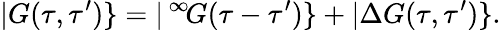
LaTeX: |G(\tau,\tau^{\prime})\} =|\, ^{\infty}\! G(\tau-\tau^{\prime})\} +|\Delta G(\tau,\tau^{\prime})\} .